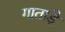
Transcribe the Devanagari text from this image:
गाताड़े